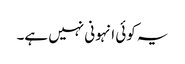
یہ کوئی انہونی نہیں ہے۔